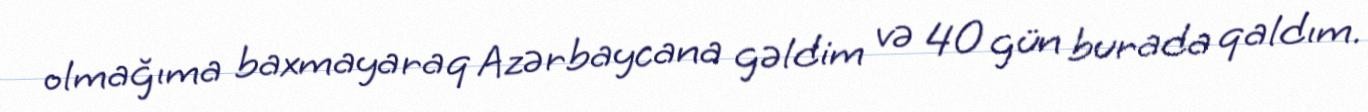
olmağıma baxmayaraq Azərbaycana gəldim və 40 gün burada qaldım.